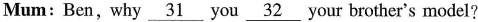
Mum: Ben, why \underline{31} you \underline{32} your brother's model?